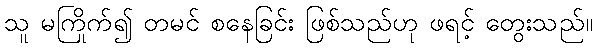
သူ မကြိုက်၍ တမင် စနေခြင်း ဖြစ်သည်ဟု ဖရင့် တွေးသည်။